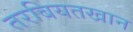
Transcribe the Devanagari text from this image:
तरबियतखान